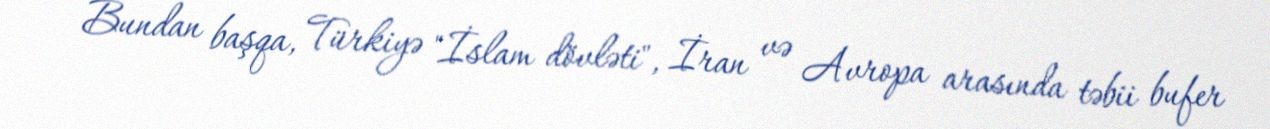
Bundan başqa, Türkiyə "İslam dövləti", İran və Avropa arasında təbii bufer